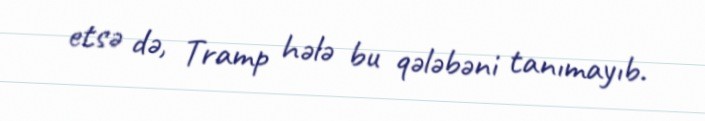
etsə də, Tramp hələ bu qələbəni tanımayıb.